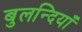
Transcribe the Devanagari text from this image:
बुलन्दियाँ